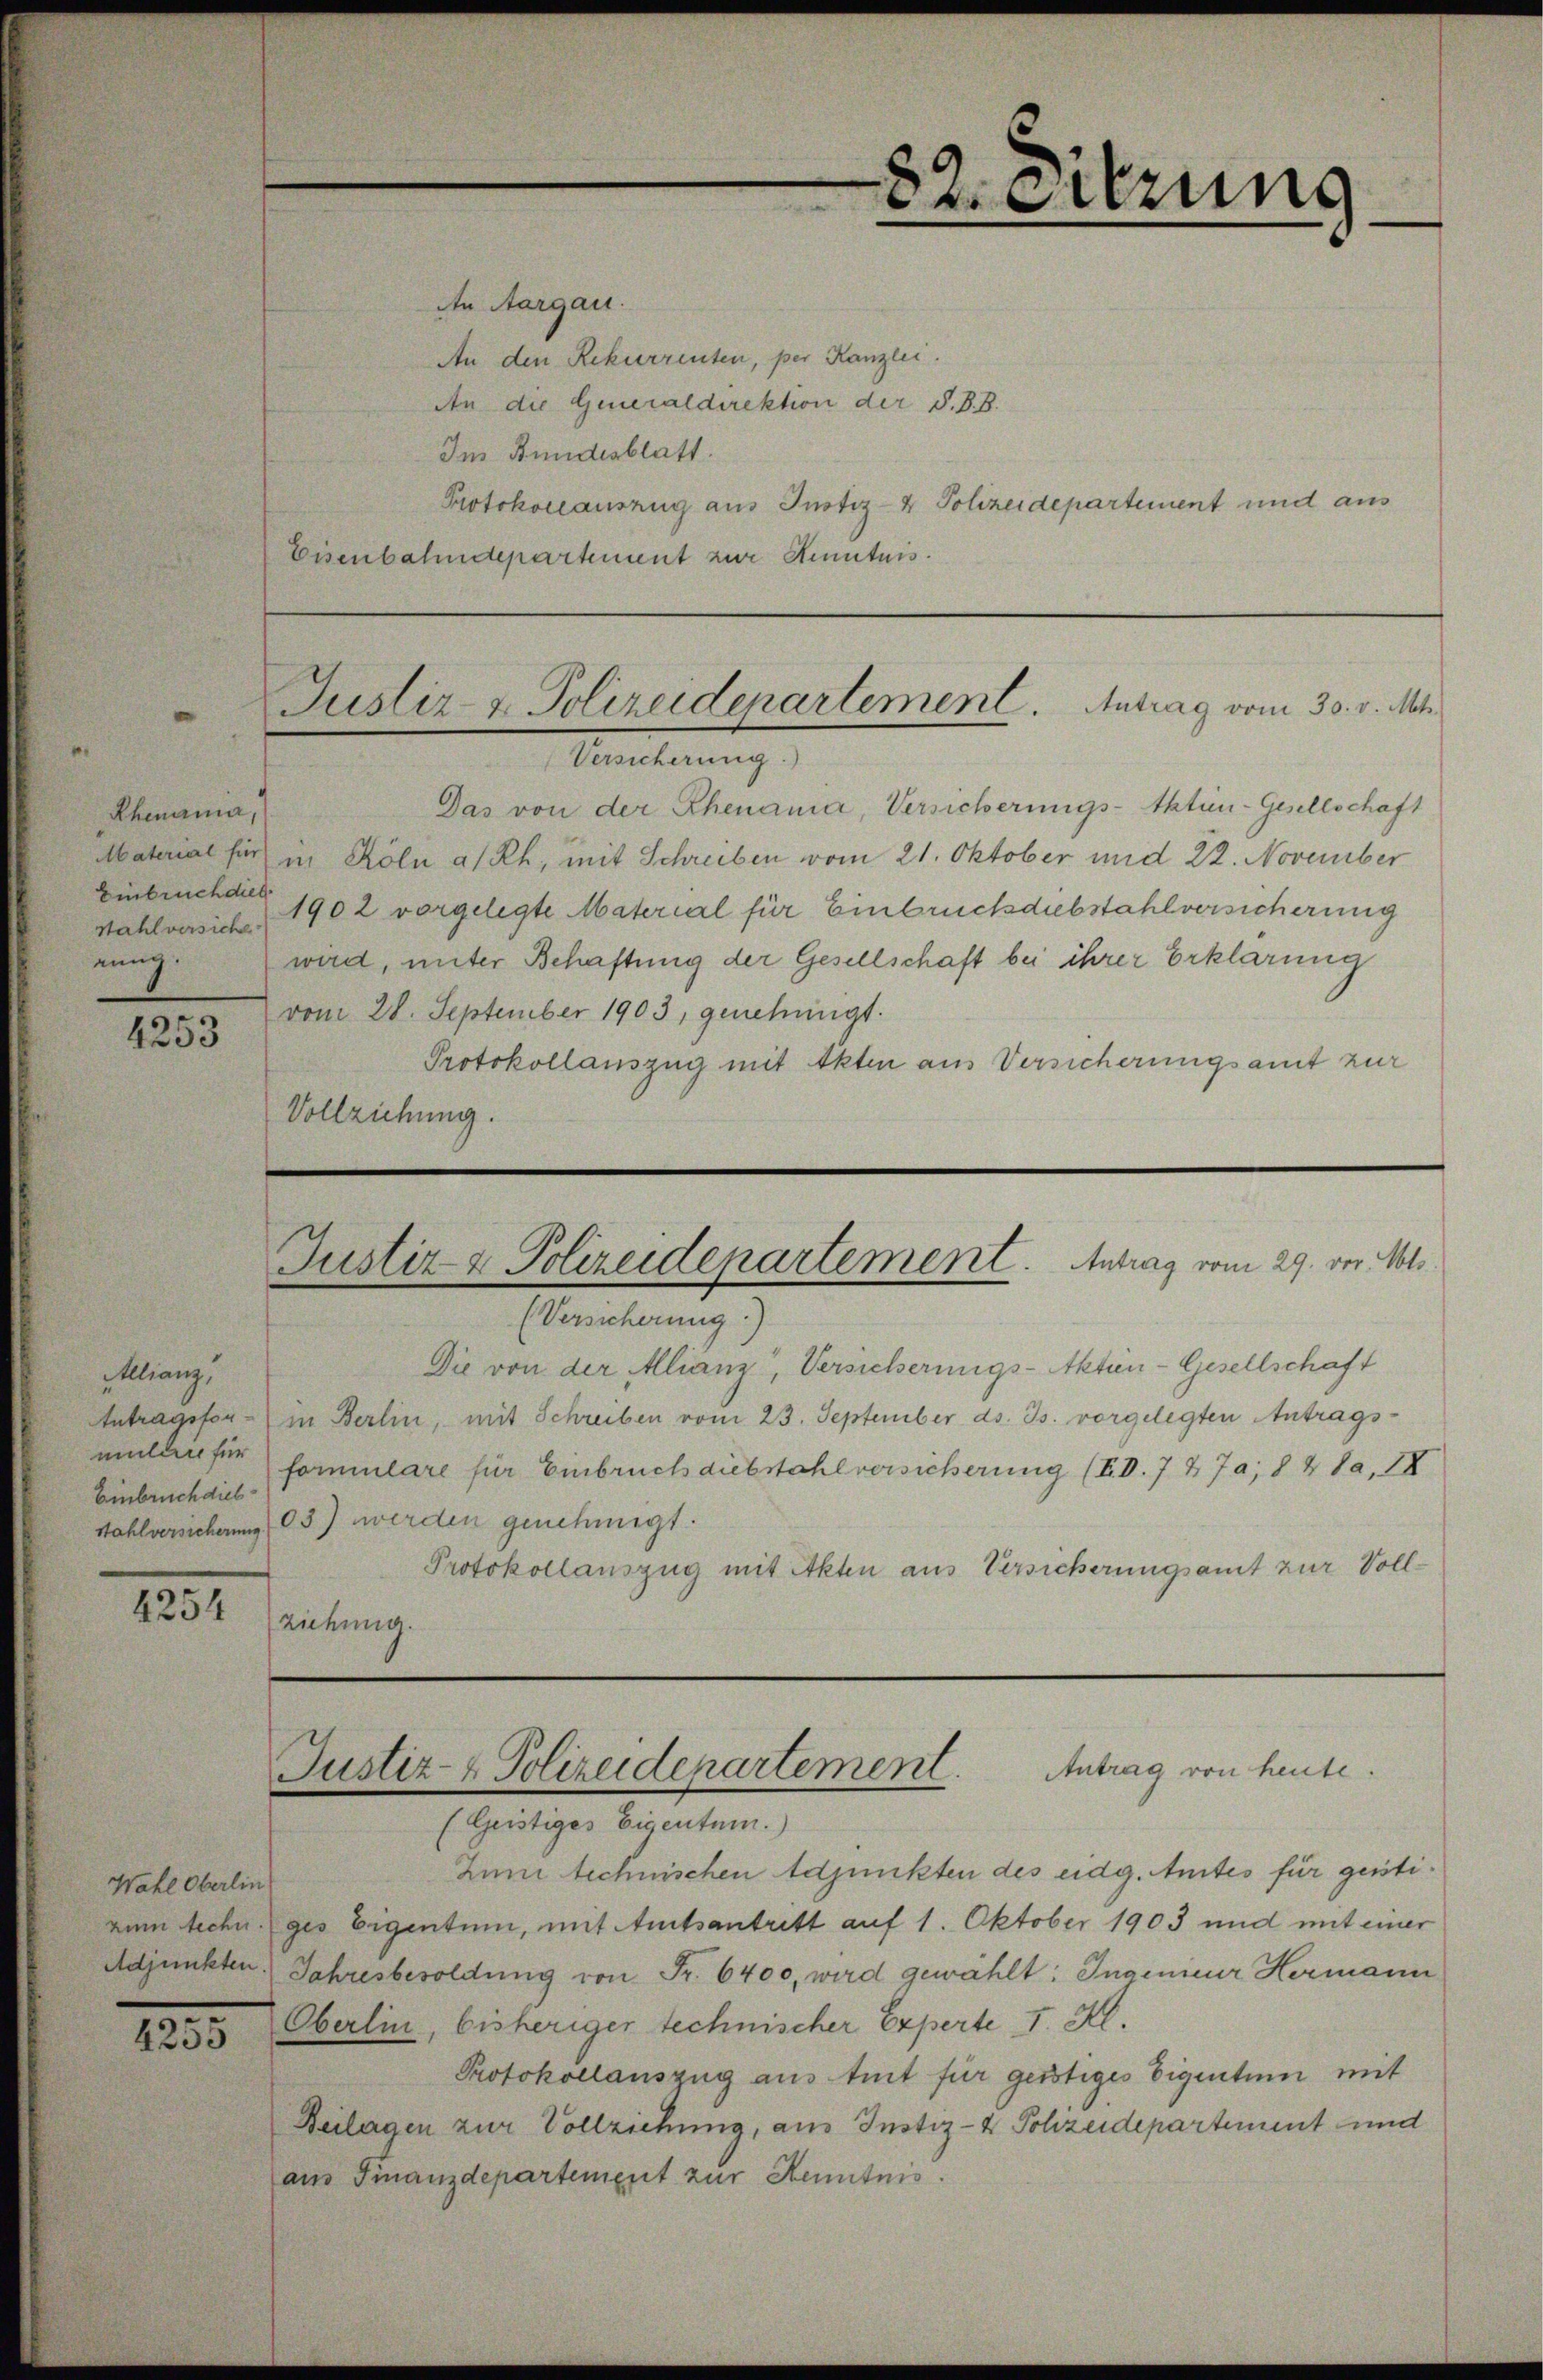
4253

4254

4255

An Aargau.
An den Rekurrenten, per Kanzlei.
An die Generaldirektion der S. B. B.
Im Bundesblatt.
Protokollauszug aus Justiz- & Polizeidepartement und aus
Eisenbahndepartement zur Kenntnis.

Rhenania,
Einbruch dies
stahl versiche
nung.

Allianz,
Einbruch dies

Wahl Oberlin
n

82. Eierung

Justiz- & Polizeidepartement. Antrag vom 30. v. Mts.
Versicherung)

Das von der Rhenana, Versicherungs-Aktien-Gesellschaft
Material für in Köln a/Rh., mit Schreiben vom 21. Oktober und 22. November
1902 vorgelegte Material für Einbrückdiebstahl versicherung
wird, unter Behaftung der Gesellschaft bei ihrer Erklärung
vom 28. September 1903, genehmigt.
Protokollauszug mit Akten aus Versicherungsamt zur
Vollziehung.

Justiz & Polizeidepartement. Antrag vom 29. der Mts.

(Versicherung
Die von der Allianz, Versicherungs-Aktien-Gesellschaft
Antragsfor - in Berlin, mit Schreiben vom 23. September ds. Js. vorgelegten Antrags-
umlaufer formulare für Einbruch diebstahl versicherung (I. d. 7 27a; 8 ½ Ja, 18
Wahlversicherung 3) werden genehmigt.
Protokollauszug mit Akten aus Versicherungsamt zur Vollziehung.

Justiz- & Polizeidepartement. Antrag von heute.
(Geistiges Eigentum.)

Zum technischen Adjunkten des eidg. Amtes für geistizum techn. ges Eigentum, mit Amtsantritt auf 1. Oktober 1903 und mit einer
Adjunkten. Jahresbesoldung von Fr. 6400, wird gewählt: Ingenieur Hermann
Oberlin, bisheriger technischer Experte I. Kl.
Protokollauszug aus trit für geistiges Eigentum mit
Beilagen zur Vollziehung, aus Instiz- & Pchzeidepartement und
aus Finanzdepartement zur Kenntnis.